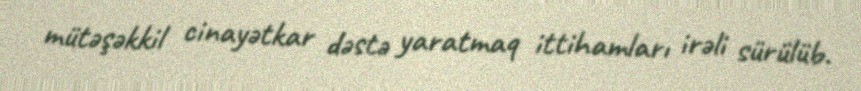
mütəşəkkil cinayətkar dəstə yaratmaq ittihamları irəli sürülüb.